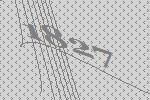
1827